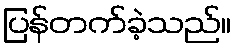
ပြန်တက်ခဲ့သည်။